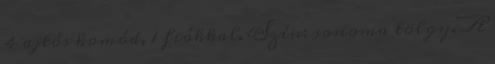
4 ajtós komód, 1 fiókkal. Szín: sonoma tölgy. A